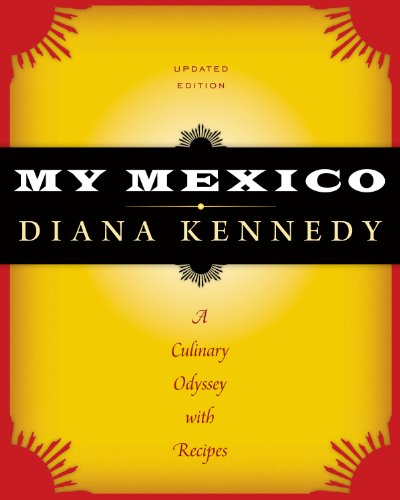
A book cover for My Mexico: A Culinary Odyssey with Recipes (William and Bettye Nowlin Series in Art, History, and Cultur); Diana Kennedy; Cookbooks, Food & Wine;